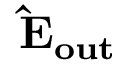
\bf { \hat { E } } _ { o u t }